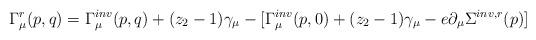
LaTeX: \begin{align*}\Gamma^r_{\mu}(p,q)= \Gamma^{inv}_{\mu}(p,q)+(z_2-1) \gamma_{\mu}-[ \Gamma^{inv}_{\mu}(p,0)+(z_2-1) \gamma_{\mu}-e \partial_{\mu} \Sigma^{inv,r}(p)]\end{align*}